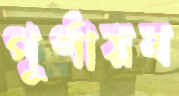
পূর্ণায়ব